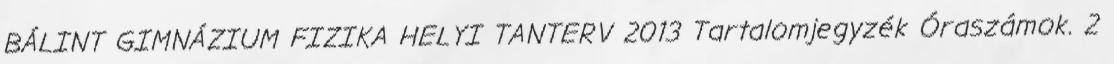
BÁLINT GIMNÁZIUM FIZIKA HELYI TANTERV 2013 Tartalomjegyzék Óraszámok. 2